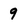
Character: 9